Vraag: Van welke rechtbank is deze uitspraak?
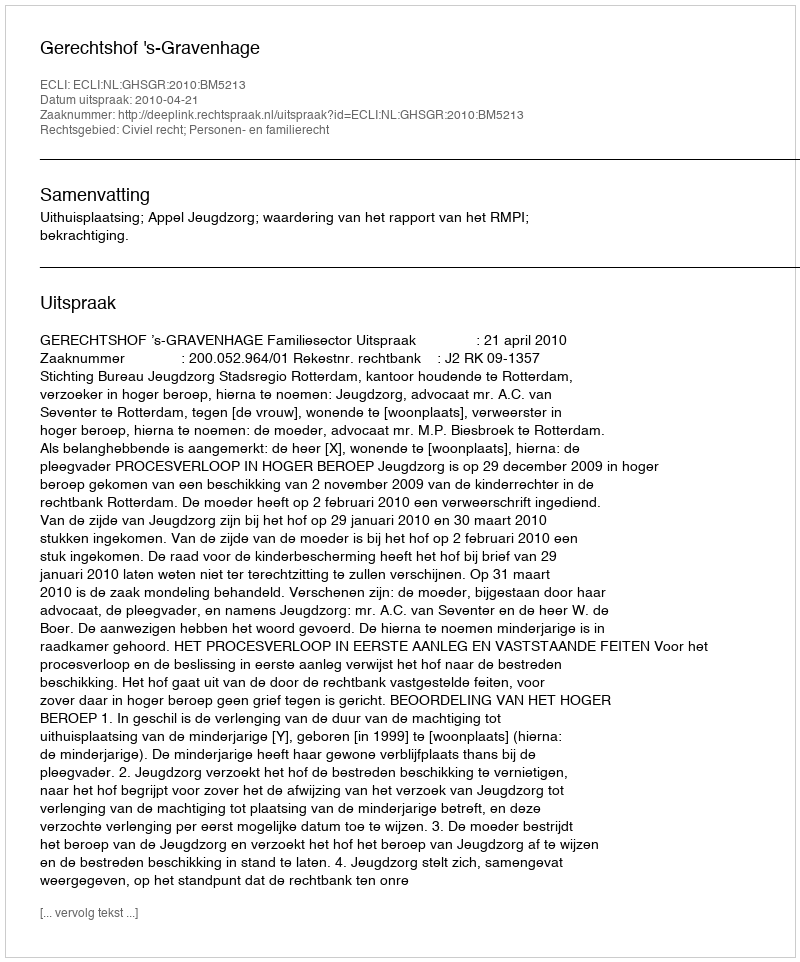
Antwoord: Gerechtshof 's-Gravenhage